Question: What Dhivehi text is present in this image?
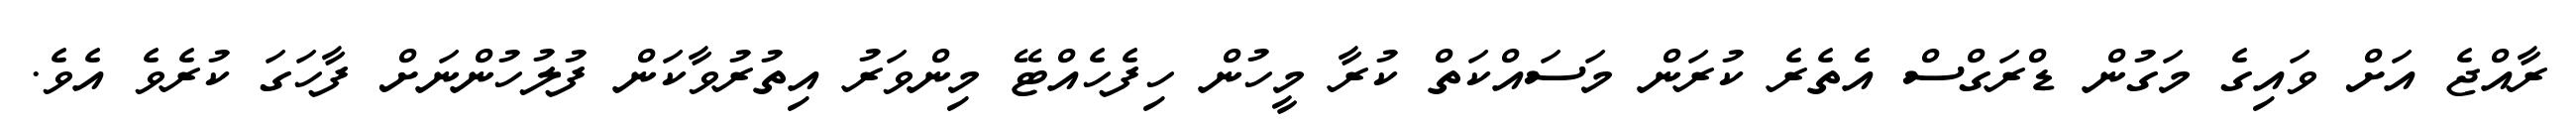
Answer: ރާއްޖެ އަށް ވައިގެ މަގުން ޑްރަގްސް އެތެރެ ކުރަން މަސައްކަތް ކުރާ މީހުން ހިފެހެއްޓޭ މިންވަރު އިތުރުވާކަން ފުލުހުންނަށް ފާހަގަ ކުރެވެ އެވެ.